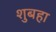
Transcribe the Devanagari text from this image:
शुबहा